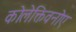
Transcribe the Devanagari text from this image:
कोलेक्तिवनोए